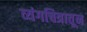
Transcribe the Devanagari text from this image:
व्यंगचित्रातून